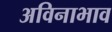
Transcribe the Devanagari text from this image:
अविनाभाव